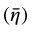
\left( \Bar \eta \right)